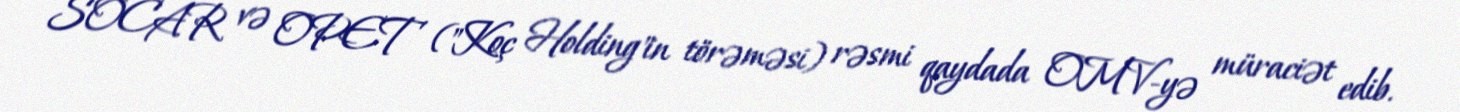
SOCAR və OPET ("Koç Holding"in törəməsi) rəsmi qaydada OMV-yə müraciət edib.